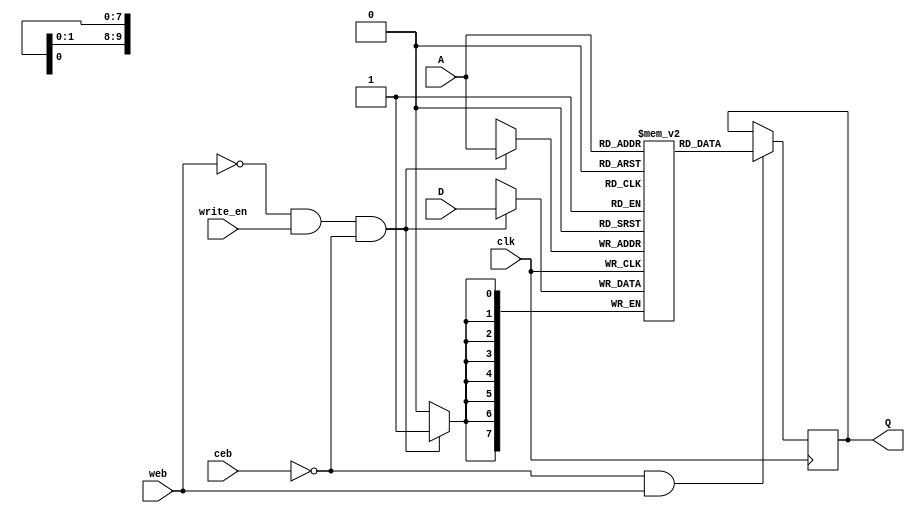
`ifndef __MEMORYBLOCK__
`define __MEMORYBLOCK__
module memory_block
#(
    parameter DATA_WIDTH = 8
)
(
    input wire clk,        // clock
    input wire ceb,        // chip enable, if not enable, can't read from this memory
    input wire web,        // write/read, 0 for write, 1 for read
    input wire write_en,     // write enable
    input wire [ 9: 0] A,  // address
    input wire [DATA_WIDTH-1: 0] D,  // data write into memory
    output reg [DATA_WIDTH-1: 0] Q   // data read from memory
);
                               
reg [ DATA_WIDTH-1:0] m_array[1023: 0]; // the memory is 816*32, each line in memory is 32 bits
//-----------------------------

// write data
always @(posedge clk) begin
    if(~web & write_en & ~ceb) 
        m_array[A] <= D;
end 

// read data
always @(posedge clk) begin
    if(~ceb & web) begin
        Q <= m_array[A];
    end
end 

endmodule
`endif